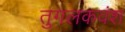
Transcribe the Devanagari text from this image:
तुगलकवंश